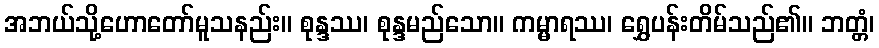
အဘယ်သို့ဟောတော်မူသနည်း။ စုန္ဒဿ၊ စုန္ဒမည်သော။ ကမ္မာရဿ၊ ရွှေပန်းတိမ်သည်၏။ ဘတ္တံ၊